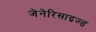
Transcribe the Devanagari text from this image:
जेनेरिसाइज्ड